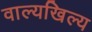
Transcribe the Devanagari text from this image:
वाल्यखिल्य